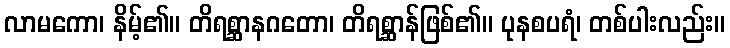
လာမကော၊ နိမ့်၏။ တိရစ္ဆာနဂတော၊ တိရစ္ဆာန်ဖြစ်၏။ ပုနစပရံ၊ တစ်ပါးလည်း။